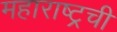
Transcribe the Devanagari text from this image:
महाराष्ट्रची